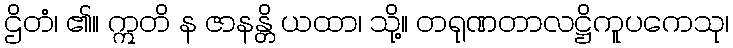
ဌိတံ၊ ၏။ ဣတိ န ဇာနန္တိ ယထာ၊ သို့။ တရုဏတာလဋ္ဌိကူပကေသု၊